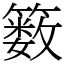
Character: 䉤